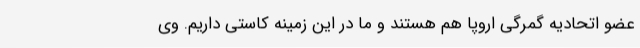
عضو اتحادیه گمرگی اروپا هم هستند و ما در این زمینه کاستی داریم. وی